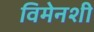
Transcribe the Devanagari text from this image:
विमेनशी